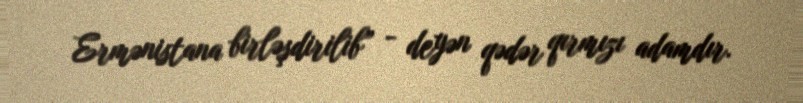
Ermənistana birləşdirilib” - deyən qədər qırmızı adamdır.